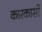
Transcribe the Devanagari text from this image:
कारकार्सो